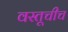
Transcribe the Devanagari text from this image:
वस्तूचीच